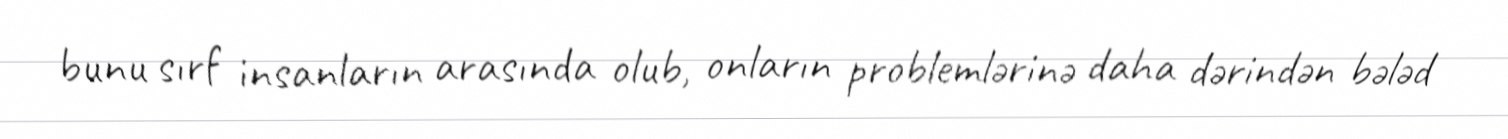
bunu sırf insanların arasında olub, onların problemlərinə daha dərindən bələd